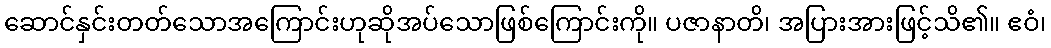
ဆောင်နှင်းတတ်သောအကြောင်းဟုဆိုအပ်သောဖြစ်ကြောင်းကို။ ပဇာနာတိ၊ အပြားအားဖြင့်သိ၏။ ဧဝံ၊